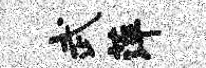
武萍